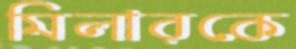
মিলারকে